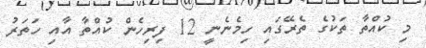
މި ކުއްތާ ތަކުގެ ތެރޭގައި ހިމެނެނީ 12 ފިރިހެން ކުއްތާ އާއި ހަތަރު